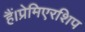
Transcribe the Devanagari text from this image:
हैं।प्रेमिएरशिप